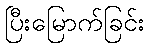
ပြီးမြောက်ခြင်း